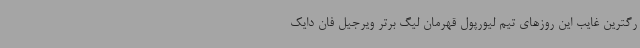
رگترین غایب این روزهای تیم لیورپول قهرمان لیگ برتر ویرجیل فان دایک